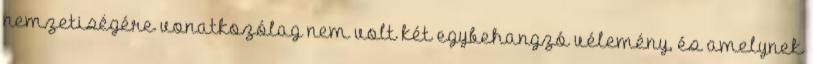
nemzetiségére vonatkozólag nem volt két egybehangzó vélemény, és amelynek